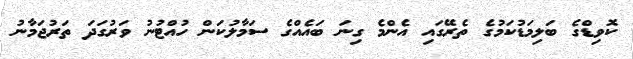
ކޮވިޑްގެ ބަލިމަޑުކަމުގެ ތެރޭގައި އެންމެ ގިނަ ބައެއްގެ ސަމާލުކަން ހުއްޓުނު ވަރުގަދަ ތަރުޖަމާނު